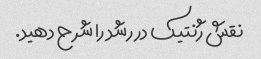
نقش ژنتیک در رشد را شرح دهید.